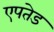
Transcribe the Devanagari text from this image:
एपतेड